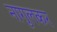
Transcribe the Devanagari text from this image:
नागुलकर